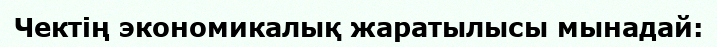
Чектің экономикалық жаратылысы мынадай: